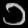
Digit: ၁